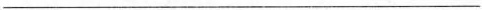
___